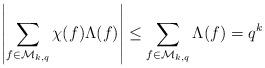
LaTeX: \begin{align*}\left| \sum_{f \in \mathcal{M}_{k,q}} \chi(f) \Lambda(f)\right| \le \sum_{f \in \mathcal{M}_{k,q}}\Lambda(f) = q^k\end{align*}